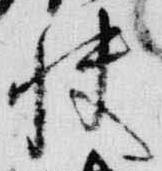
快